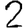
Digit: 2